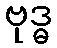
ဗုဒ္ဓ